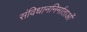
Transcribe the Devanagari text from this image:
संविधाननिर्माताओं